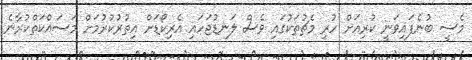
މެސީ ބުނެފައިވަނީ ކުރިއަށް ހުރި މެޗުތަކުގައި ވެސް ލަނޑުޖަހައި އެރިކޯޑަށް އިތުރުކުރުމަށް މަސައްކަތްކުރާނެ